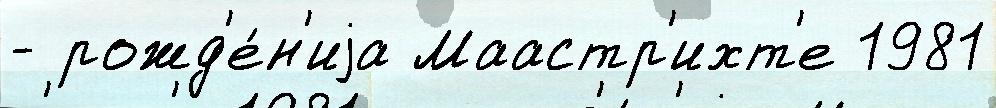
- рожд'е́н'иjа Маастр'ихт'е 1981